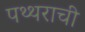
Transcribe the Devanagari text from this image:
पथ्थराची